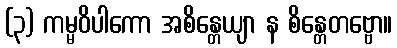
(၃) ကမ္မဝိပါကော အစိန္တေယျာ န စိန္တေတဗ္ဗော။